Specificity of antivenomous sera (second communication) - Number 10
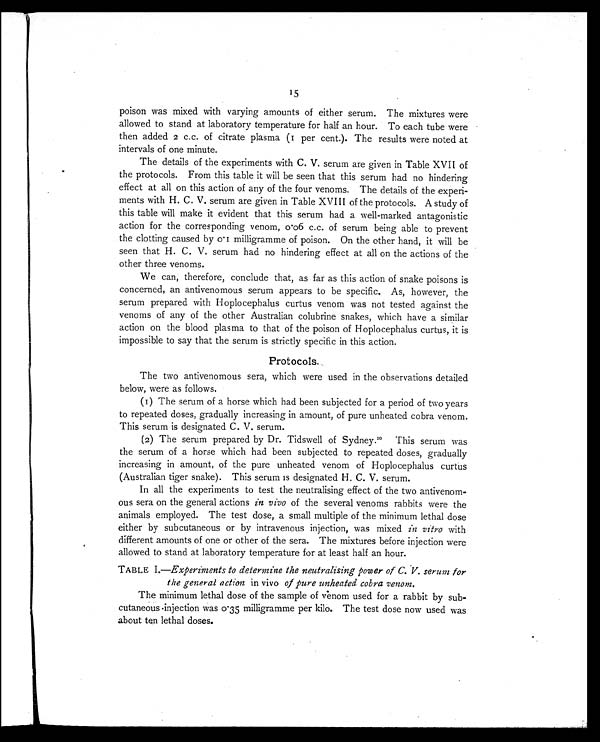
15
poison was mixed with varying amounts of either serum. The mixtures were
allowed to stand at laboratory temperature for half an hour. To each tube were
then added 2 c.c. of citrate plasma (1 per cent.). The results were noted at
intervals of one minute.
The details of the experiments with C. V. serum are given in Table XVII of
the protocols. From this table it will be seen that this serum had no hindering
effect at all on this action of any of the four venoms. The details of the experi-
ments with H. C. V. serum are given in Table XVIII of the protocols. A study of
this table will make it evident that this serum had a well-marked antagonistic
action for the corresponding venom, 0.06 c.c. of serum being able to prevent
the clotting caused by 0.1 milligramme of poison. On the other hand, it will be
seen that H. C. V. serum had no hindering effect at all on the actions of the
other three venoms.
We can, therefore, conclude that, as far as this action of snake poisons is
concerned, an antivenomous serum appears to be specific. As, however, the
serum prepared with Hoplocephalus curtus venom was not tested against the
venoms of any of the other Australian colubrine snakes, which have a similar
action on the blood plasma to that of the poison of Hoplocephalus curtus, it is
impossible to say that the serum is strictly specific in this action.
Protocols.
The two antivenomous sera, which were used in the observations detailed
below, were as follows.
(1) The serum of a horse which had been subjected for a period of two years
to repeated doses, gradually increasing in amount, of pure unheated cobra venom.
This serum is designated C. V. serum.
(2) The serum prepared by Dr. Tidswell of Sydney. 20This serum was
the serum of a horse which had been subjected to repeated doses, gradually
increasing in amount, of the pure unheated venom of Hoplocephalus curtus
(Australian tiger snake). This serum is designated H. C. V. serum.
In all the experiments to test the neutralising effect of the two antivenom-
ous sera on the general actions in vivo of the several venoms rabbits were the
animals employed. The test dose, a small multiple of the minimum lethal dose
either by subcutaneous or by intravenous injection, was mixed in vitro with
different amounts of one or other of the sera. The mixtures before injection were
allowed to stand at laboratory temperature for at least half an hour.
TABLE I.— Experiments to determine the neutralising power of C. V. serum for
the general action in vivo of pure unheated cobra venom.
The minimum lethal dose of the sample of venom used for a rabbit by sub-
cutaneous injection was 0.35 milligramme per kilo. The test dose now used was
about ten lethal doses.